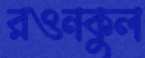
রওনকুল